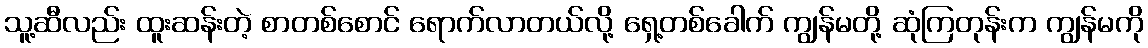
သူ့ဆီလည်း ထူးဆန်းတဲ့ စာတစ်စောင် ရောက်လာတယ်လို့ ရှေ့တစ်ခေါက် ကျွန်မတို့ ဆုံကြတုန်းက ကျွန်မကို